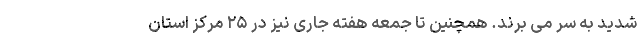
شدید به سر می برند. همچنین تا جمعه هفته جاری نیز در ۲۵ مرکز استان